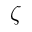
\zeta